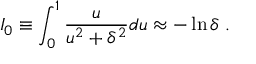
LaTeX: I _ { 0 } \equiv \int _ { 0 } ^ { 1 } \frac { u } { u ^ { 2 } + \delta ^ { 2 } } d u \approx - \ln \delta \; .